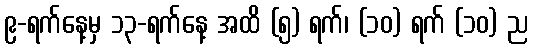
၉-ရက်နေ့မှ ၁၃-ရက်နေ့ အထိ (၅) ရက်၊ (၁၀) ရက် (၁၀) ည